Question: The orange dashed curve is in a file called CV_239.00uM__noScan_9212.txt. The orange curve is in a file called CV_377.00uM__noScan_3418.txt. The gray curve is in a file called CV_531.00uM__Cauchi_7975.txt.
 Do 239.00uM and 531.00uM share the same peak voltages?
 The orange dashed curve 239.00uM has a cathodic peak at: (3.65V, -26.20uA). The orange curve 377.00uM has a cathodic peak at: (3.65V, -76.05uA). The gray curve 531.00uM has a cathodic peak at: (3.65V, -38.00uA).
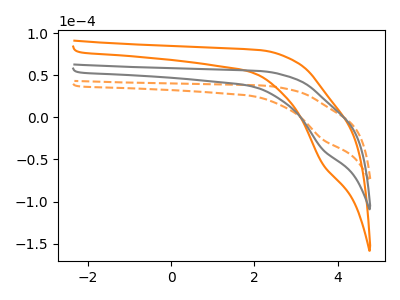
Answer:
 <answer>Yes, "239.00uM" have a peak in "531.00uM" at the same potential.</answer>
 <eval>match</eval>